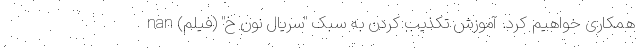
همکاری خواهیم کرد. آموزش تکذیب کردن به سبک "سریال نون خ" (فیلم) nan